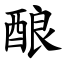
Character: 酿